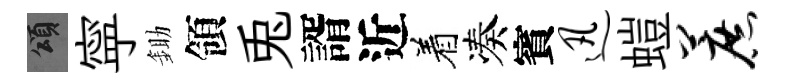
頌寜鋤領兎諝近着凑賓迅螘蔗